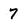
Character: 7